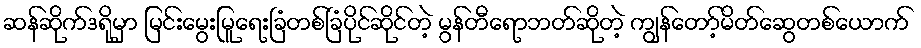
ဆန်ဆိုက်ဒရိုမှာ မြင်းမွေးမြူရေးခြံတစ်ခြံပိုင်ဆိုင်တဲ့ မွန်တီရောဘတ်ဆိုတဲ့ ကျွန်တော့်မိတ်ဆွေတစ်ယောက်